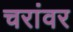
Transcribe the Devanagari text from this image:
चरांवर